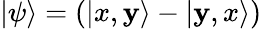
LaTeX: \left|\psi\right\rangle=(\left|x,\mathbf{y}\right\rangle-\left|\mathbf{y},x\right\rangle)